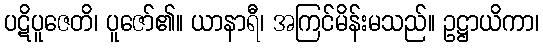
ပဋိပူဇေတိ၊ ပူဇော်၏။ ယာနာရီ၊ အကြင်မိန်းမသည်။ ဥဋ္ဌာယိကာ၊